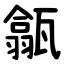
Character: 㽂